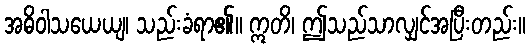
အဓိဝါသယေယျ၊ သည်းခံရာ၏။ ဣတိ၊ ဤသည်သာလျှင်အပြီးတည်း။